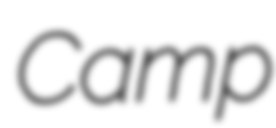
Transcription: Camp